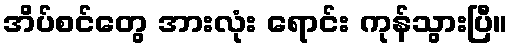
အိပ်စင်တွေ အားလုံး ရောင်း ကုန်သွားပြီ။